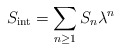
\begin{align*}S_{\mathrm{int}}=\sum_{n\ge 1}S_n\lambda^n\end{align*}